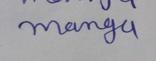
Signature authenticity: forged